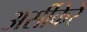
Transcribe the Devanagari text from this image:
अर्सीकेरे